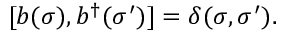
[ b ( \sigma ) , b ^ { \dag } ( \sigma ^ { \prime } ) ] = \delta ( \sigma , \sigma ^ { \prime } ) .